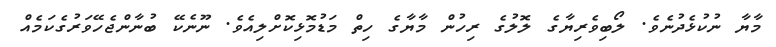
މާޔާ ނުކުޅެދުނެވެ. ލޯބިވެރިޔާގެ ލޮލުގެ ރިހުން މާޔާގެ ހިތް މަޑުމޮޅިކޮށްލިއެވެ. ނޫނެކޭ ބުނާންޖެހޭވަރުގެކަމެއް